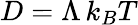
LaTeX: {D=\Lambda\, k_{B}T}